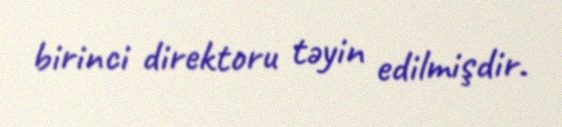
birinci direktoru təyin edilmişdir.